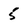
Character: 5